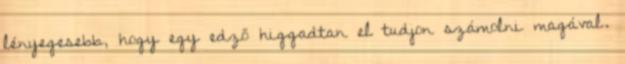
lényegesebb, hogy egy edző higgadtan el tudjon számolni magával.